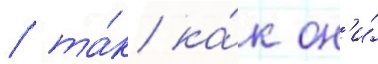
/ та́к ка́к он'и́